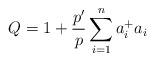
LaTeX: \begin{align*}Q=1+\frac {p'}{p}\sum^{n}_{i=1}a^{+}_{i}a_{i}\end{align*}